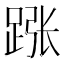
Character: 𬦵